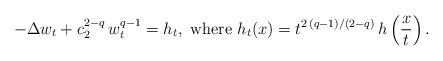
LaTeX: \begin{align*}-\Delta w_t+c_2^{2-q}\,w_t^{q-1}=h_t,\mbox{ where }h_t(x)=t^{2\,(q-1)/(2-q)}\, h\left(\frac{x}{t}\right).\end{align*}